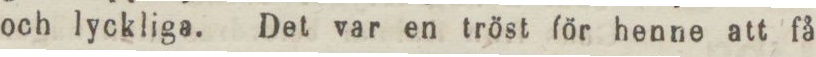
och lyckliga. Det var en tröst för henne att få